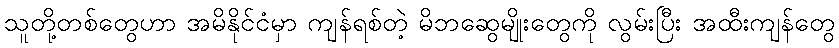
သူတို့တစ်တွေဟာ အမိနိုင်ငံမှာ ကျန်ရစ်တဲ့ မိဘဆွေမျိုးတွေကို လွမ်းပြီး အထီးကျန်တွေ